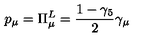
p _ { \mu } = \Pi _ { \mu } ^ { L } = \frac { 1 - \gamma _ { 5 } } { 2 } \gamma _ { \mu }